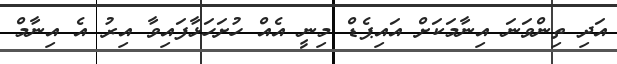
އަދި ތިންވަނަ އިނާމަކަށް އައިޕެޑް މިނީ އެއް ހުށަހަޅާފައިވާ އިރު އެ އިނާމް